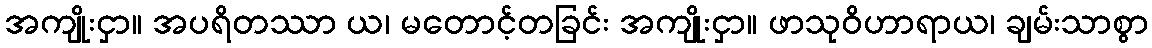
အကျိုးငှာ။ အပရိတဿာ ယ၊ မတောင့်တခြင်း အကျိုးငှာ။ ဖာသုဝိဟာရာယ၊ ချမ်းသာစွာ